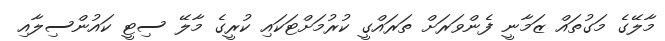
މާލޭގެ މަގުތައް ޒަމާނީ ފެންވަރަށް ތަރައްގީ ކުރުމަށްޓަކައި ކުރީގެ މާލޭ ސިޓީ ކައުންސިލާއި